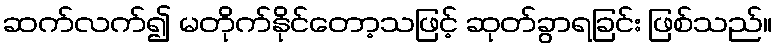
ဆက်လက်၍ မတိုက်နိုင်တော့သဖြင့် ဆုတ်ခွာရခြင်း ဖြစ်သည်။